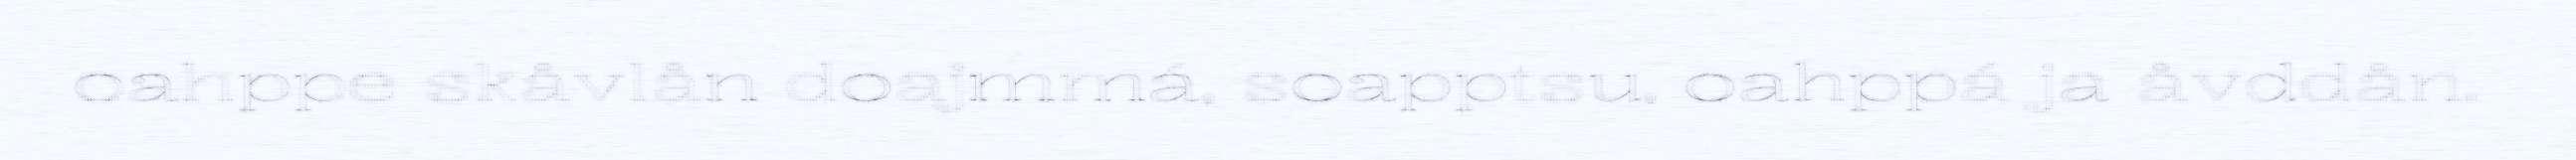
oahppe skåvlån doajmmá, soapptsu, oahppá ja åvddån.